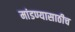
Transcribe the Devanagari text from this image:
मांडण्यासाठीच